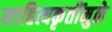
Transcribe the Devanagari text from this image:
साहित्यकृतींमुळे